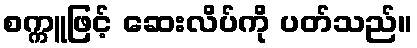
စက္ကူဖြင့် ဆေးလိပ်ကို ပတ်သည်။